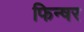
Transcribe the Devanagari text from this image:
फिन्षर